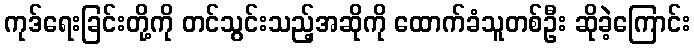
ကုဒ်ရေးခြင်းတို့ကို တင်သွင်းသည့်အဆိုကို ထောက်ခံသူတစ်ဦး ဆိုခဲ့ကြောင်း